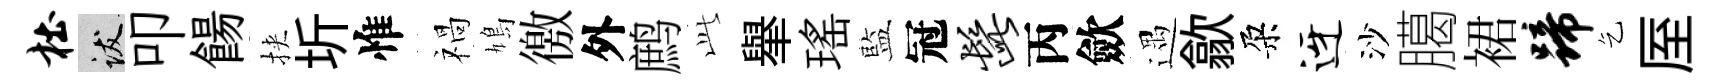
杜跋叩餳挾圻惟禍鳩徼外鹧𬼘𦦙瑤藍冠髭丙歛遇歙朶迓沙臈裙蹄乞厔